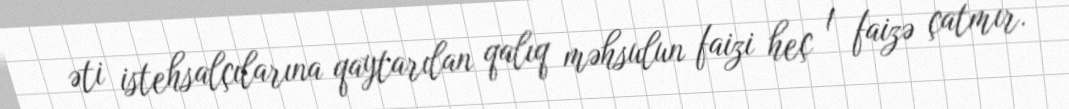
əti istehsalçılarına qaytarılan qalıq məhsulun faizi heç 1 faizə çatmır.